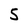
Character: 5